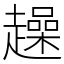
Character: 趮